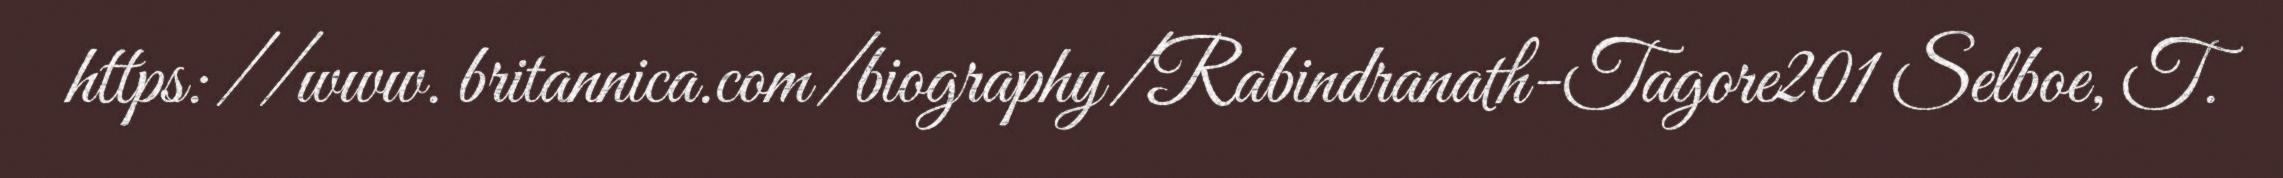
https://www. britannica.com/biography/Rabindranath-Tagore201 Selboe, T.